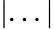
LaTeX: |...|